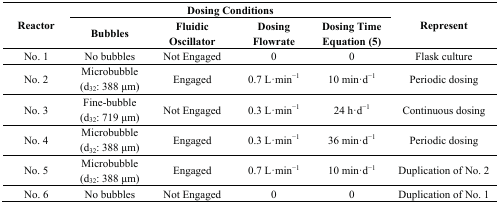
<table><thead><tr><td rowspan="2"><b>Reactor</b></td><td colspan="4"><b>Dosing Conditions</b></td><td rowspan="2"><b>Represent</b></td></tr><tr><td><b>Bubbles</b></td><td><b>Fluidic Oscillator</b></td><td><b>Dosing Flowrate</b></td><td><b>Dosing Time Equation (5)</b></td></tr></thead><tbody><tr><td>No. 1</td><td>No bubbles</td><td>Not Engaged</td><td>0</td><td>0</td><td>Flask culture</td></tr><tr><td>No. 2</td><td>Microbubble (d<sub>32</sub>: 388 μm)</td><td>Engaged</td><td>0.7 L·min<sup>−1</sup></td><td>10 min·d<sup>−1</sup></td><td>Periodic dosing</td></tr><tr><td>No. 3</td><td>Fine-bubble (d<sub>32</sub>: 719 μm)</td><td>Not Engaged</td><td>0.3 L·min<sup>−1</sup></td><td>24 h·d<sup>−1</sup></td><td>Continuous dosing</td></tr><tr><td>No. 4</td><td>Microbubble (d<sub>32</sub>: 388 μm)</td><td>Engaged</td><td>0.3 L·min<sup>−1</sup></td><td>36 min·d<sup>−1</sup></td><td>Periodic dosing</td></tr><tr><td>No. 5</td><td>Microbubble (d<sub>32</sub>: 388 μm)</td><td>Engaged</td><td>0.7 L·min<sup>−1</sup></td><td>10 min·d<sup>−1</sup></td><td>Duplication of No. 2</td></tr><tr><td>No. 6</td><td>No bubbles</td><td>Not Engaged</td><td>0</td><td>0</td><td>Duplication of No. 1</td></tr></tbody></table>